Insane asylums in Bengal annual reports 1876-1887 - 1876-1887
Year: 1876
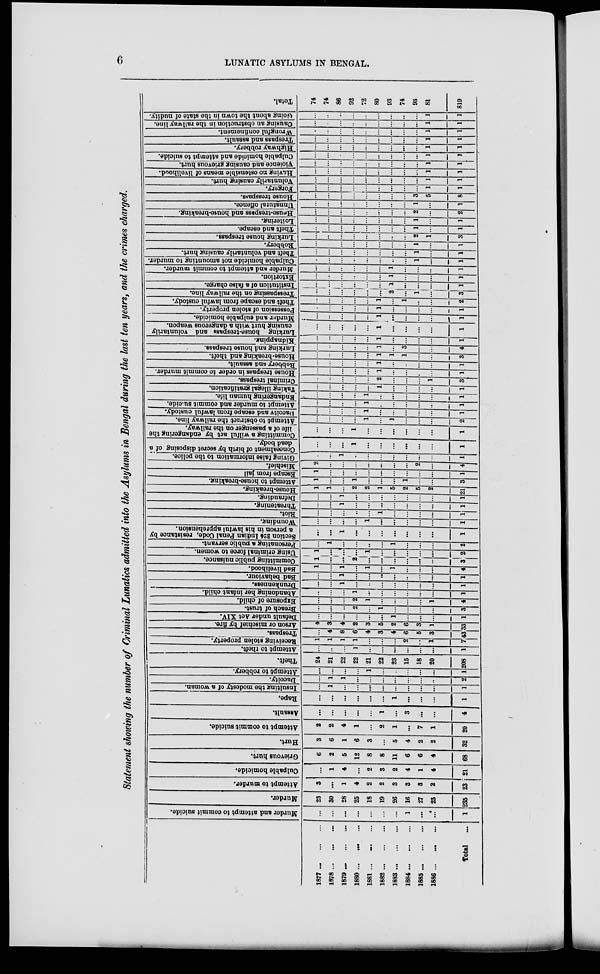
6
LUNATIC ASYLUMS IN BENGAL.
Statement showing the number of Criminal Lunatics admitted into the Asylums in Bengal during the last ten years, and the crimes charged.
1877 ... ... ...
1878 ... ... ...
1879 ... ... ...
1880 ...
...
...
1881 ... ... ...
1882...
...
...
1883...
...
...
1884...
...
...
1885...
...
...
1886 ...
...
...
Total ...
Murder and attempt to commit suicide.
...
...
...
...
...
...
...
1
...
...
1
Murder.
23
30
28
25
18
19
26
16
27
23
235
At t
empt to murder.
3
...
1
4
2
2
3
3
3
2
23
Cul pabl e homi c i
de .
...
1
4
...
2
3
2
4
1
4
21
Grievous hurt.
6
2
5
12
8
8
11
6
6
4
68
Hurt.
3
6
1
6
3
...
5
4
2
2
32
Attempt to commit suicide.
2
2
4
1
...
2
1
...
7
1
20
Assault.
...
...
...
...
...
1
...
3
...
...
4
Rape.
...
...
...
...
...
1
...
...
...
1
Insulting
the modesty of a woman.
...
1
...
...
...
...
...
...
...
...
1
Dacoity.
...
1
1
...
...
...
...
...
...
...
2
Attempt to robbery.
...
...
...
...
1
...
...
...
...
...
1
Theft.
24
21
22
22
21
22
23
15
18
20
208
Attempt to Theft.
...
...
...
1
...
...
...
...
...
...
1
Receiving stolen property.
1
1
1
1
...
...
..
2
...
1
7
Trespass.
...
4
8
6
4
3
4
6
5
3
43
Arson or mischief by fire.
4
3
4
2
3
5
2
6
3
1
33
Default under Act XIV.
...
...
...
...
...
...
1
...
...
...
1
Breach of trust.
...
...
...
2
...
...
...
...
...
...
3
Exposure
of child.
...
...
...
2
1
...
...
...
...
...
1
Abandoning her infant child.
...
...
...
1
...
...
...
...
...
...
1
Drunkenness.
...
...
1
...
...
...
...
...
...
...
1
Bad behaviour.
...
...
1
...
...
...
...
...
...
...
1
bad livelihood.
1
...
1
...
1
...
1
...
...
...
4
Commiting
public nuisance.
1
...
...
2
...
...
...
...
...
...
...
Using criminal force to women.
1
...
...
...
1
...
...
...
...
...
2
Personating
a public servant.
...
1
...
...
...
...
1
...
...
...
2
Section 224 Indian Penal Code, resistance by
a person in his lawful apprehension.
...
...
1
...
...
...
...
...
...
...
1
Wounding.
...
...
...
...
1
...
...
...
...
...
1
Riot.
...
...
...
...
...
1
...
...
...
...
1
Threatening.
...
...
1
...
...
...
...
...
...
...
1
Defrauding.
...
...
1
...
...
...
...
...
...
...
1
House-breaking.
1
1
...
2
2
1
5
2
5
2
21
Attempt to house-breaking.
1
...
...
1
...
...
...
1
....
...
3
Escape
from jail
1
...
...
...
...
...
...
...
...
...
1
Mischief.
2
...
...
...
...
...
...
...
2
...
4
Giving
false information to the
police
...
...
1
...
...
...
...
...
...
...
1
Concealment of birth by secret disposing of a
dead body.
...
...
...
1
...
...
...
...
...
...
1
Committing
a wilful act by endangering the
life
of a passenger on the railway.
...
...
...
1
...
...
...
...
...
...
1
Attempt to obstruct the railway line.
...
...
...
...
1
...
1
...
...
...
2
Dacoitv
and escape from lawful custody.
...
...
...
...
1
...
...
...
...
...
1
Attempt to murder and commit suicide.
...
...
...
...
1
...
...
...
...
...
1
Endangering human life.
...
...
...
...
1
...
...
...
...
...
1
Taking
illegal gratification.
...
...
...
...
...
1
...
...
...
...
1
Criminal
trespass.
...
...
...
...
...
2
...
...
...
1
3
House
trespass in order to commit murder.
...
...
...
...
...
1
...
...
...
...
1
Bobbery and assault.
...
...
...
...
...
1
...
...
...
...
1
House-breaking and theft.
...
...
...
...
...
1
1
1
...
...
3
Lurking and house trespass.
...
...
...
...
...
1
...
3
...
...
4
Kidnapping.
...
...
...
...
...
1
...
...
...
...
1
Lurking house-trespass and voluntarily
causing hurt with a dangerous weapon.
...
...
...
...
...
1
...
...
...
...
1
Murder
and eulpable homicide.
...
...
...
...
...
1
...
...
...
...
1
Possession of stolen property.
...
...
..
...
...
1
...
...
...
...
1
Theft and escape from lawful custody.
...
...
...
...
...
1
...
1
...
...
2
Tresspassing on the railway line.
...
...
...
...
...
...
2
...
1
...
3
Institution
of a false charge.
...
...
...
...
...
...
1
...
...
...
1
Extortion.
...
...
...
...
...
...
1
...
...
...
1
Murder and attempt to commit murder.
...
...
...
...
...
...
1
...
...
...
1
Culpable
homicide not amounting to murder.
...
...
...
...
...
...
...
...
1
...
1
Theft and voluntarily causing hurt.
...
...
...
...
...
...
...
...
1
...
1
Robbery.
...
...
...
...
...
...
...
...
1
...
1
Lurking house trespass.
...
...
...
...
...
...
...
...
2
1
3
Theft
and escape.
...
...
...
...
...
...
...
...
1
...
1
Loitering.
...
...
...
...
...
...
...
...
1
...
1
House-trespass
and house-breaking.
...
...
...
...
...
...
...
...
2
...
2
Unnatural
offence.
...
...
...
...
...
...
...
...
1
...
1
House tresspass.
...
...
...
...
...
...
...
...
3
5
8
Forgery.
...
...
...
...
...
...
...
...
...
1
1
Voluntarily causing hurt.
...
...
...
...
...
...
...
...
...
1
1
Having no ostensible means of livelihood.
...
...
...
...
...
...
...
...
...
1
1
Violence
and causing grievous hurt.
...
...
...
...
...
...
...
...
...
1
1
Culpable homicide and attempt to suicide.
...
...
...
...
...
...
...
...
...
1
1
Highway robbery.
...
...
...
...
...
...
...
...
...
1
1
Trespass and assault.
...
...
...
...
...
...
...
...
...
1
1
Wrongful confinement.
...
...
...
...
...
...
...
...
...
1
1
Causing an obstruction in the railway line.
1
1
Going
about the town in the state of nudity.
...
...
...
...
...
...
...
...
...
1
1
Total.
74
74
86
92
72
80
93
74
93
81
819